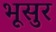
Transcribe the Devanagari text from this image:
भूसुर